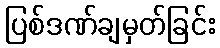
ပြစ်ဒဏ်ချမှတ်ခြင်း